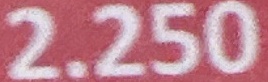
2.250